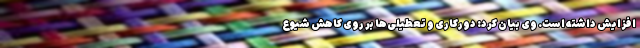
افزایش داشته است. وی بیان کرد: دورکاری و تعطیلی‌ها بر روی کاهش شیوع